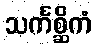
သင်္ကစ္ဆိကံ